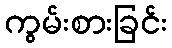
ကွမ်းစားခြင်း